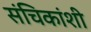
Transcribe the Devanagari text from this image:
संचिकांशी